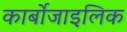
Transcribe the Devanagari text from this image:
कार्बोजाइलिक